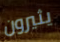
يثيرون